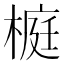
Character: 榳